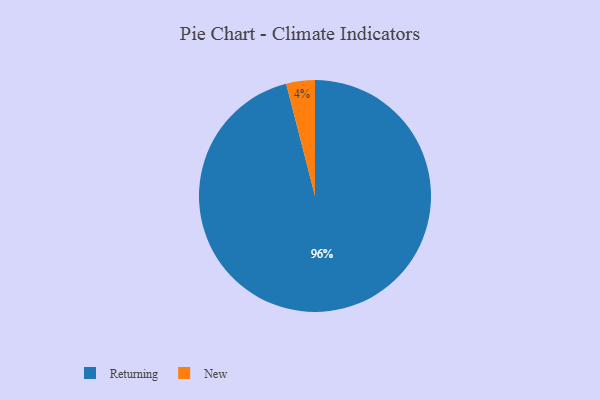
{"axis": {"x": "Category", "y": "Percentage"}, "legend": ["New", "Returning"], "data": [{"x": "Returning", "y": 96, "type": "Returning"}, {"x": "New", "y": 4, "type": "New"}]}